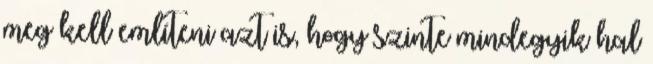
meg kell említeni azt is, hogy szinte mindegyik hal